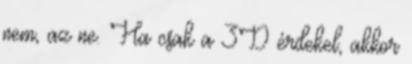
nem, az ne. Ha csak a 3D érdekel, akkor